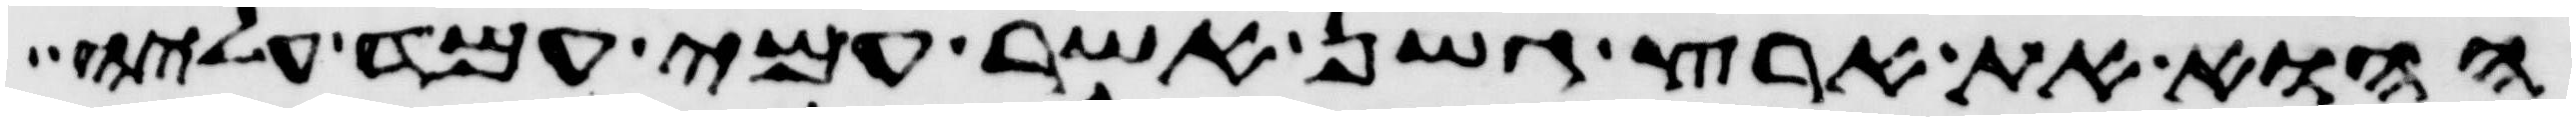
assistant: ההוא את ארץ גשן אשר עמי עמד עליה